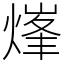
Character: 㷨